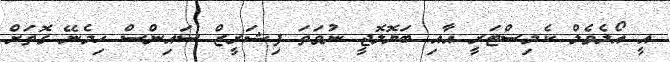
އީ އޯލެވެލް ކެމިސްޓަރީ އާއި ބަޔޮލޮޖީ ނުވަތަ ފިޝަރީޒް ސައިންސް ހިމެނޭ ގޮތަށް